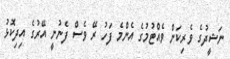
ނަޝީދުގެ ވެރިކަން ވެއްޓުމުގެ އެންމެ ފަހު ރޭ ވެސް ފެނުނީ އޭރުގެ އިދިކޮޅު